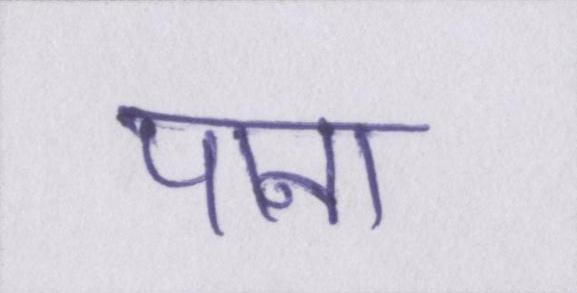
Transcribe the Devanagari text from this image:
पाना